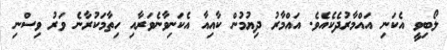
ލޯބިވީ އެކަނި އައްމާރުދެކެއެވެ. އައްމާރު ދިޔުމުން ކާއިއާ އެކަނިވާނެވަރާއި ހިތާމަކުރާނެ ވަރު ވިސްނި